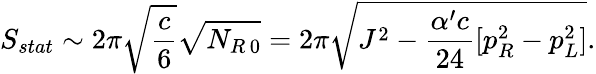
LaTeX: S_{stat}\sim 2\pi\sqrt{\frac{c}{6}}\sqrt{N_{R\, 0}}=2\pi\sqrt{J^{2}-{\frac{\alpha^{\prime}c}{24}}[p_{R}^{2}-p_{L}^{2}]}.